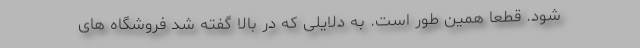
شود. قطعا همین طور است. به دلایلی که در بالا گفته شد فروشگاه های